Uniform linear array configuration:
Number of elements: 12
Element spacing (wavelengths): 0.5
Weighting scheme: hann
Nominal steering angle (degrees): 15
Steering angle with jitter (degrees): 13.371
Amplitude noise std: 0.05
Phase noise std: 0.05

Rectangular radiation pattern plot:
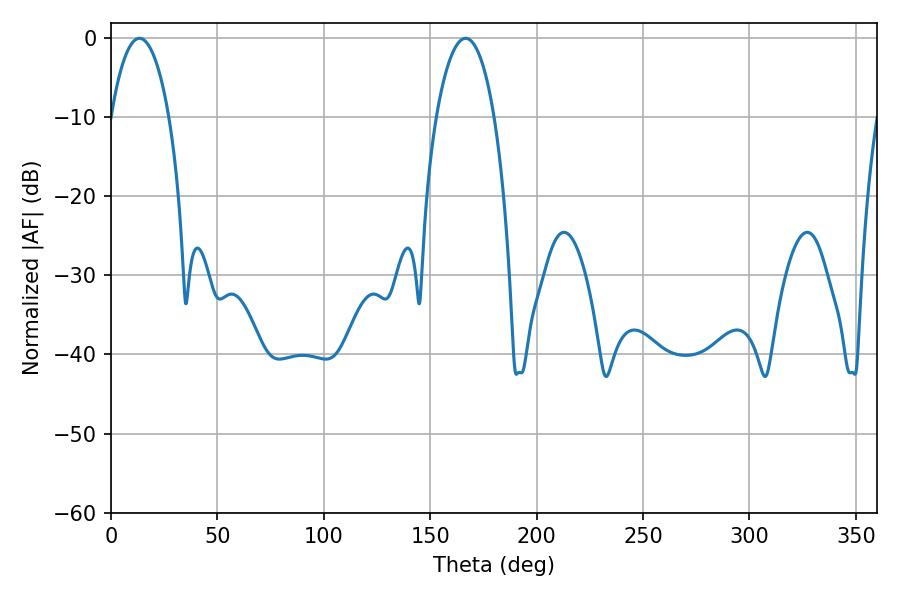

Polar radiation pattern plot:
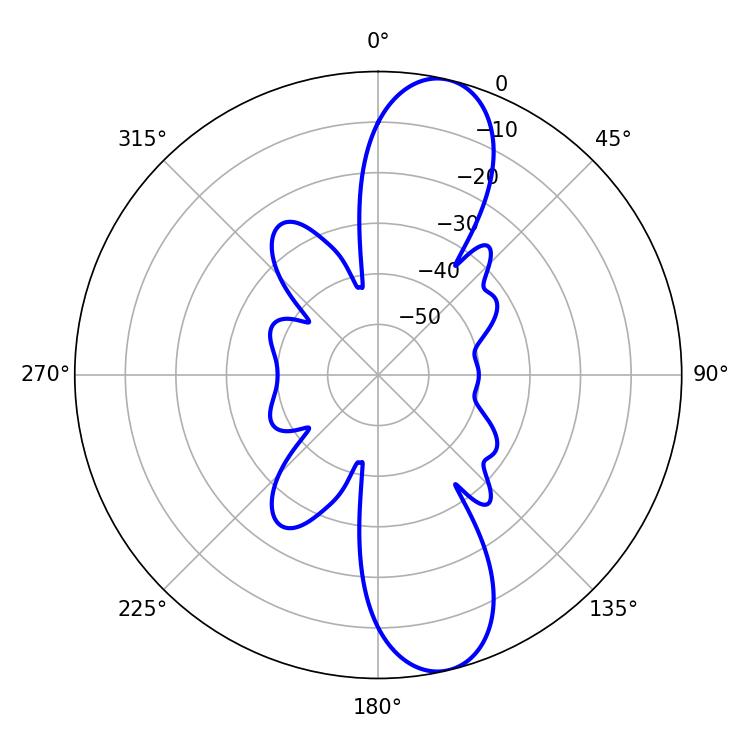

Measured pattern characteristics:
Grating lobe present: FALSE
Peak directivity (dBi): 11.861
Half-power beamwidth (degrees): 15.3
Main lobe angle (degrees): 13.32